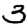
Digit: 3